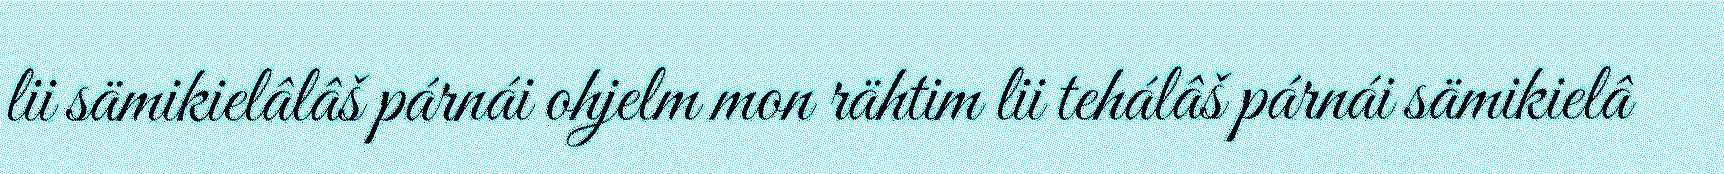
lii sämikielâlâš párnái ohjelm mon rähtim lii tehálâš párnái sämikielâ